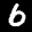
Label: 6